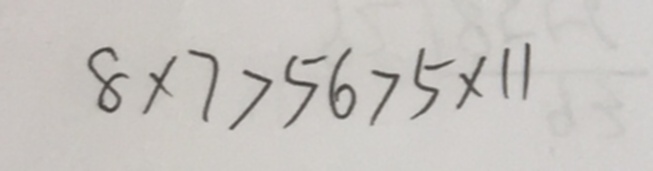
8 \times 7 > 5 6 > 5 \times 1 1